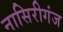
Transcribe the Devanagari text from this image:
नासिरीगंज